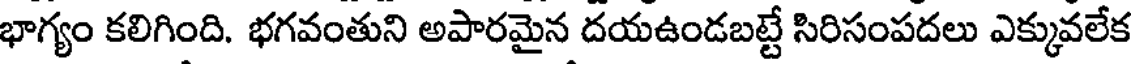
భాగ్యం కలిగింది. భగవంతుని అపారమైన దయఉండబట్టే సిరిసంపదలు ఎక్కువలేక